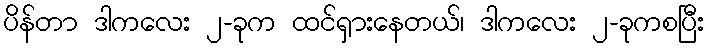
ပိန်တာ ဒါကလေး ၂-ခုက ထင်ရှားနေတယ်၊ ဒါကလေး ၂-ခုကစပြီး